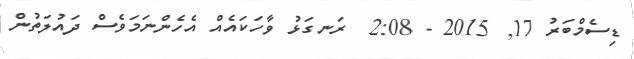
ޑިސެމްބަރު 17